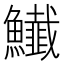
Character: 𩽅